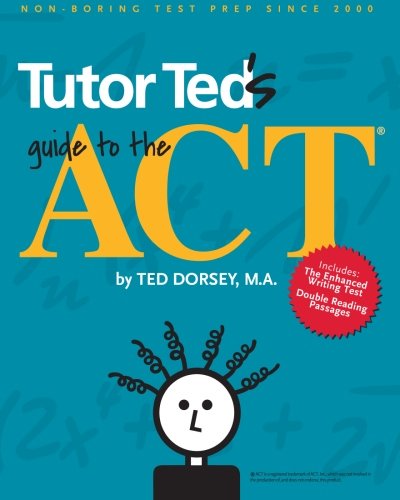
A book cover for Tutor Ted's Guide to the ACT; Ted Dorsey  M.A.; Test Preparation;